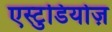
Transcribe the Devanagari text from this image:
एस्टुडियोज़